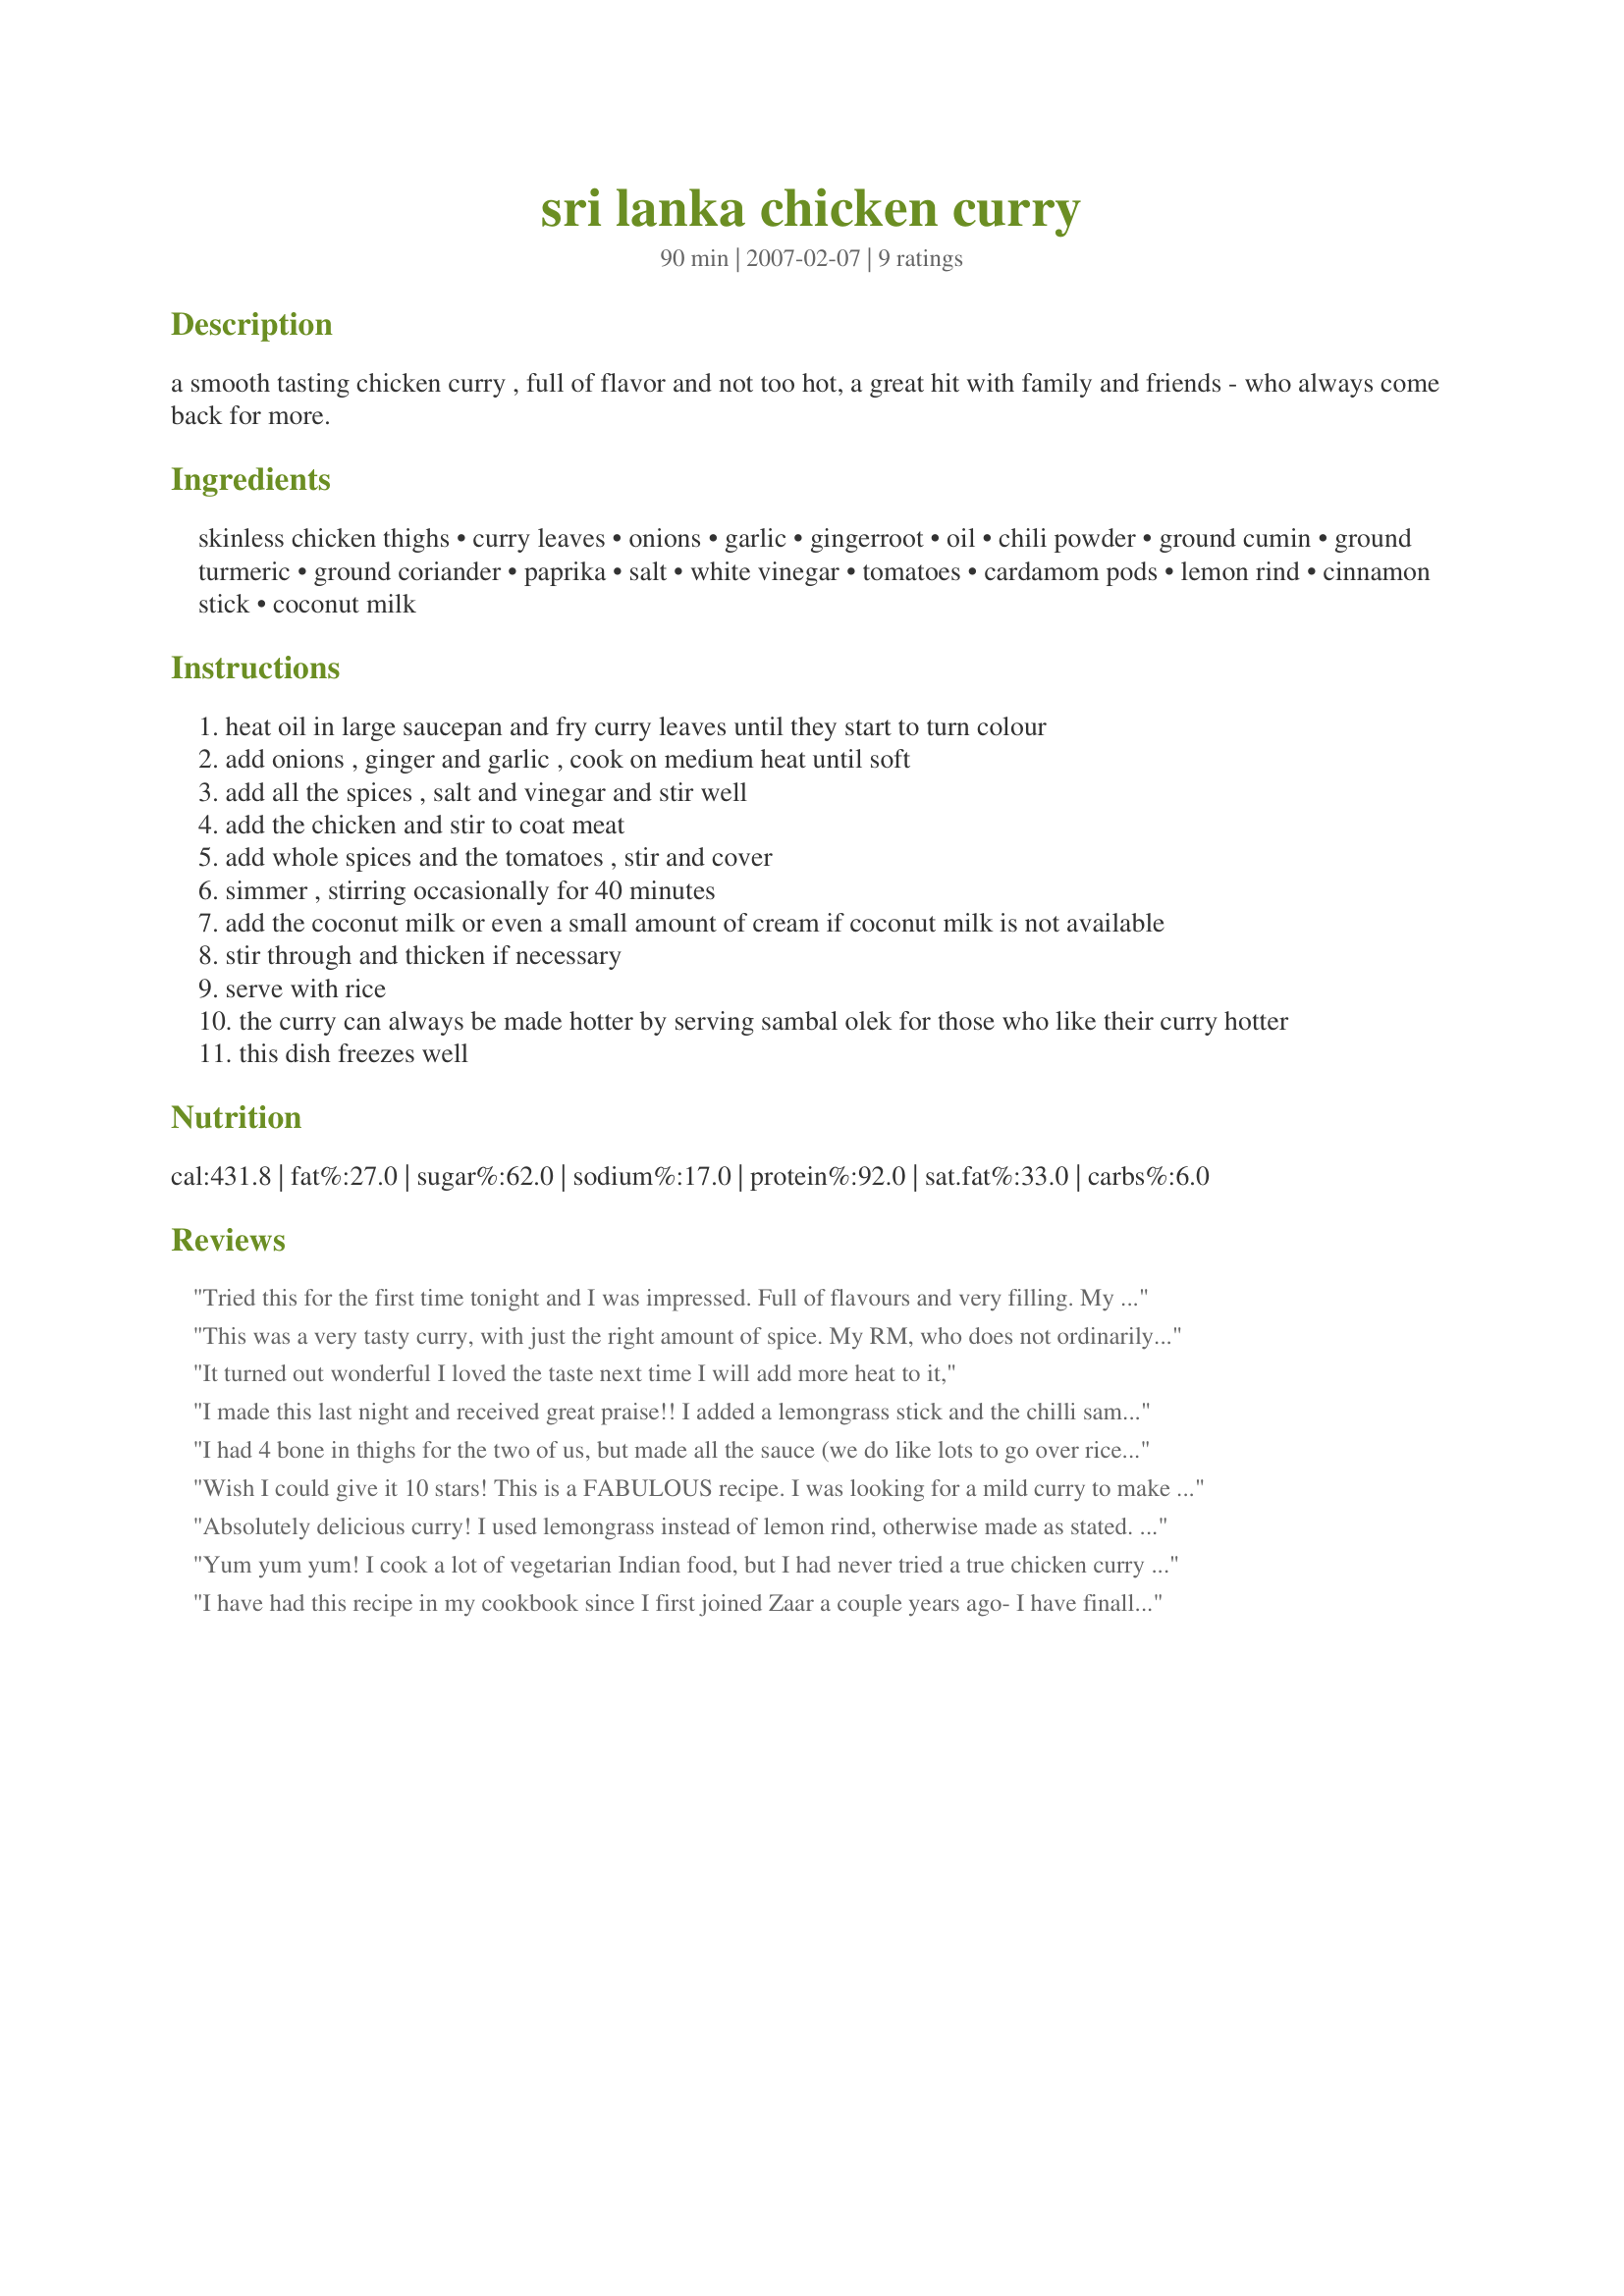
sri lanka chicken curry
Preparation time: 90 minutes

a smooth tasting chicken curry , full of flavor and not too hot, a great hit with family and friends - who always come back for more.

Ingredients:
skinless chicken thighs, curry leaves, onions, garlic, gingerroot, oil, chili powder, ground cumin, ground turmeric, ground coriander, paprika, salt, white vinegar, tomatoes, cardamom pods, lemon rind, cinnamon stick, coconut milk

Steps:
heat oil in large saucepan and fry curry leaves until they start to turn colour
add onions , ginger and garlic , cook on medium heat until soft
add all the spices , salt and vinegar and stir well
add the chicken and stir to coat meat
add whole spices and the tomatoes , stir and cover
simmer , stirring occasionally for 40 minutes
add the coconut milk or even a small amount of cream if coconut milk is not available
stir through and thicken if necessary
serve with rice
the curry can always be made hotter by serving sambal olek for those who like their curry hotter
this dish freezes well

Reviews:
Tried this for the first time tonight and I was impressed. Full of flavours and very filling. My one year old also loved this and ate it all. If you haven&#039;t tried this yet,what are you waiting for :)
This was a very tasty curry, with just the right amount of spice. My RM, who does not ordinarily care for spicy food, gave this one a thumbs-up and proclaimed it "very good-- a keeper!" The chicken was moist and tender, just right! I did not toss the whole cardamom pods into the curry, just broke them open and sprinkled in the seeds. I thickened the sauce with a small amount of flour, and served this over rice. Made for India: More Than Just Curries tag game 2010.
It turned out wonderful I loved the taste next time I will add more heat to it,
I made this last night and received great praise!! I added a lemongrass stick and the chilli sambal and a little more garlic and ginger than the recipe states. I transferred everything into my tajine and cooked it in the oven, to free up space on my cooktop. Once out of the oven I swirled through the coconut cream and served it with a fresh mango chutney and coconut sambal. Do try it!!
I had 4 bone in thighs for the two of us, but made all the sauce (we do like lots to go over rice). This was really yummy Joy and very quick and easy to make. I used 1 teaspoon of Indian black salt, ground cardamom and cinnamon and wish I had sprinkled some chopped corainder over it to finish.
Wish I could give it 10 stars! This is a FABULOUS recipe. I was looking for a mild curry to make for our boarding house dinner since the boys are not into spicy food. But they did request for a curry! This was perfect. I used 4 kilos of chicken and adjusted the rest of the quantities around it. I had to make a few minor changes though: I used tins of chopped tomatoes instead of fresh, I added in lemon juice instead of vinegar and since I couldn't get hold of curry leaves, I added in chopped coriander in the end (I know it's not the same as using curry leaves). I am not exaggerating when I say the entire pot was empty within 30 mins. I didn't get to eat any but I did taste it for seasoning before sending it upstairs to the dining hall and I was so looking forward to having it!!! I am happy to say I got thumbs up from ALL the boys. They said it had a slight tingle but the amount of spiciness was spot on. Thank you, JoyfulCook, for sharing this wonderful recipe, I will definitely be making it again, and hopefully I will get to eat it too!
Absolutely delicious curry! I used lemongrass instead of lemon rind, otherwise made as stated. I took the chicken out after the 40 minutes, added the coconut milk and reduced the gravy further. Yummy! Thanks for posting!
Yum yum yum! I cook a lot of vegetarian Indian food, but I had never tried a true chicken curry before this one. I made a few modifications because I just can&#039;t cook a recipe exactly as it is written. I used 1.5 pounds of thighs and leg meat, though I didn&#039;t change the rest of the proportions. I added extra onion, tomatos (from my garden!, a green pepper, and Thai chilis(from my garden!). I used dried ginger instead of fresh. I used &quot;chile powder&quot; (actual ground chiles, not the Texas stuff), because I think that is what was meant. I used 1 T of cumin seeds instead of ground cumin, frying them with the curry leave. I used 1 teaspoon of lemon juice instead of the rind and lemongrass, and I used ground cinnamon instead of a stick. Also, I used extra coconut milk so it would be more saucy. I thickened my sauce with cornstarch. And it is amazing. Mine came out extra spicy because of the 4 Thai chiles. I froze this in meal size batches with a little brown rice to take to work with my since my husband doesn&#039;t like spicy food (blasphemy!). I am not Sri Lankan, but this recipe seems pretty genuine to me, and it is definitely one I will make again. I may try it stir fried tofu instead of chicken next time.
I have had this recipe in my cookbook since I first joined Zaar a couple years ago- I have finally gotten around to cooking it. DH loved this dish, I mean loved it. He is South Indian, and I think a lot of the flavors appealed to him. He was slurping the gravy from the pot (but you didn't hear it from me!) I didn't love it, but I did like it. Since I made it, I feel that I can give a fair review. I do feel that the spices were a bit off- I added extra cumin and extra chili powder. I REALLY enjoyed the addition of the lemon rind- although I didn't know from the directions when to add it, so I just added in the 'whole spice' section. I'd use full fat coco milk in this for sure. It just pushes the entire flavor to something very special. Thanks!
